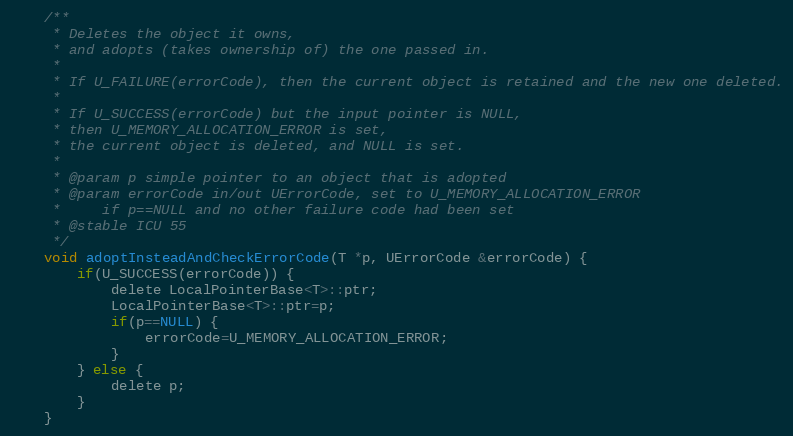
Language: C
    /**
     * Deletes the object it owns,
     * and adopts (takes ownership of) the one passed in.
     *
     * If U_FAILURE(errorCode), then the current object is retained and the new one deleted.
     *
     * If U_SUCCESS(errorCode) but the input pointer is NULL,
     * then U_MEMORY_ALLOCATION_ERROR is set,
     * the current object is deleted, and NULL is set.
     *
     * @param p simple pointer to an object that is adopted
     * @param errorCode in/out UErrorCode, set to U_MEMORY_ALLOCATION_ERROR
     *     if p==NULL and no other failure code had been set
     * @stable ICU 55
     */
    void adoptInsteadAndCheckErrorCode(T *p, UErrorCode &errorCode) {
        if(U_SUCCESS(errorCode)) {
            delete LocalPointerBase<T>::ptr;
            LocalPointerBase<T>::ptr=p;
            if(p==NULL) {
                errorCode=U_MEMORY_ALLOCATION_ERROR;
            }
        } else {
            delete p;
        }
    }